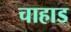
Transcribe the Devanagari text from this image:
चाहाड